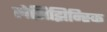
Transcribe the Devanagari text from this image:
लेझिझिन्स्कि